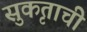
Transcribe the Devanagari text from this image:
सुकृताची